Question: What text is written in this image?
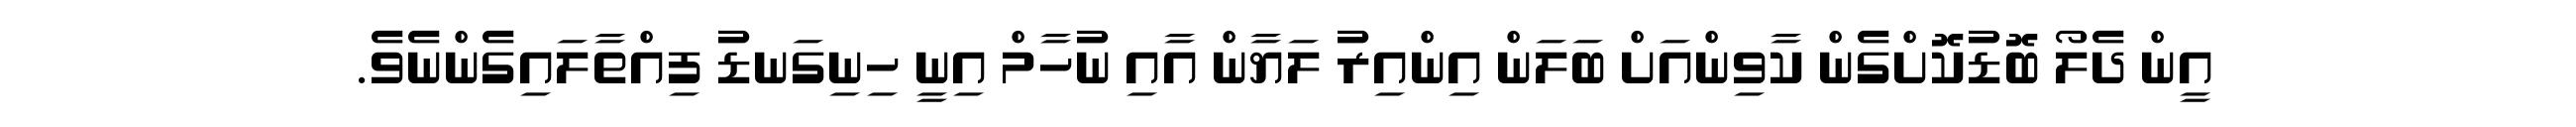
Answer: އީން ދެލޯ ބޮޑުކޮށްގެން ކާވިންއަށް ބަލަން އިންއިރު ލަޔާން އާއި ނުހާމް އިނީ ހިނިގަނޑު ފިއްތާލައިގެންނެވެ.